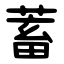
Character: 蓄